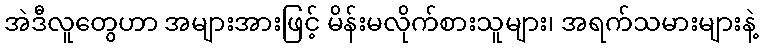
အဲဒီလူတွေဟာ အများအားဖြင့် မိန်းမလိုက်စားသူများ၊ အရက်သမားများနဲ့